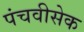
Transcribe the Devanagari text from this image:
पंचवीसेक